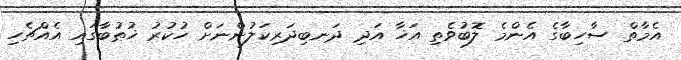
އެމާތް ސާހިބާގެ އެންމެ ލޮބުވެތި އަޚާ އަދި ދަނބިދަރިކަލުންނަށް ހުކުރު ޚުޠުބާގައި އެއްޗެހި